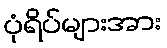
ပုံရိပ်များအား